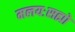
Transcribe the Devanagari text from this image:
मलयःसह्यो